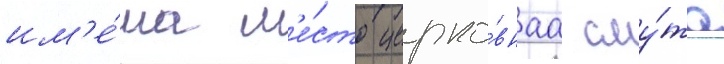
им'е́ла м'е́сто церко́внаа сму́та